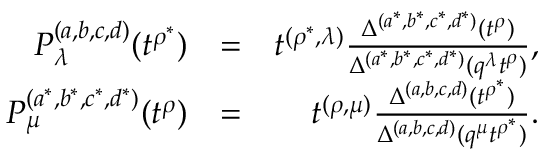
\begin{array} { r l r } { P _ { \lambda } ^ { ( a , b , c , d ) } ( t ^ { \rho ^ { * } } ) } & { = } & { t ^ { ( \rho ^ { * } , \lambda ) } \frac { \Delta ^ { ( a ^ { * } , b ^ { * } , c ^ { * } , d ^ { * } ) } ( t ^ { \rho } ) } { \Delta ^ { ( a ^ { * } , b ^ { * } , c ^ { * } , d ^ { * } ) } ( q ^ { \lambda } t ^ { \rho } ) } , } \\ { P _ { \mu } ^ { ( a ^ { * } , b ^ { * } , c ^ { * } , d ^ { * } ) } ( t ^ { \rho } ) } & { = } & { t ^ { ( \rho , \mu ) } \frac { \Delta ^ { ( a , b , c , d ) } ( t ^ { \rho ^ { * } } ) } { \Delta ^ { ( a , b , c , d ) } ( q ^ { \mu } t ^ { \rho ^ { * } } ) } . } \end{array}